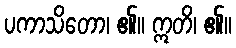
ပကာသိတော၊ ၏။ ဣတိ၊ ၏။